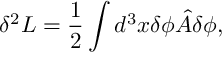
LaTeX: \delta ^ { 2 } L = \frac { 1 } { 2 } \int d ^ { 3 } x \delta \phi { \hat { A } } \delta \phi ,